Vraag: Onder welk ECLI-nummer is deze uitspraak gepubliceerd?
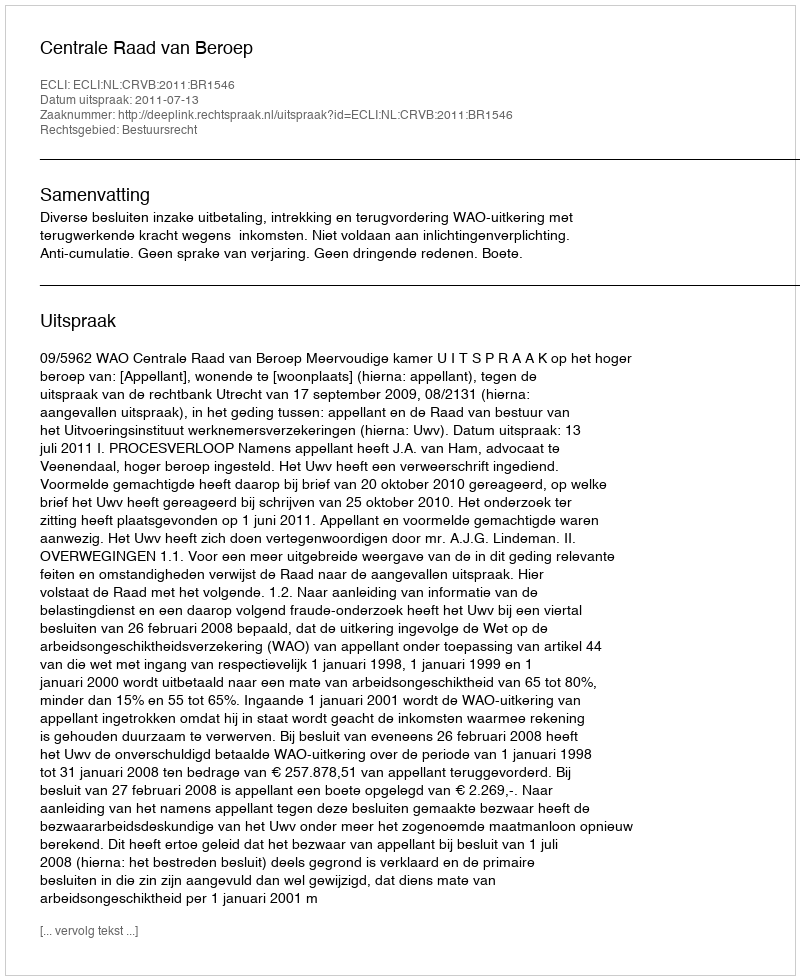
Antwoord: ECLI:NL:CRVB:2011:BR1546